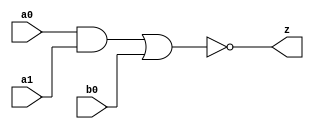
//#############################################################################
//# Function: And-Or-Inverter (aoi21) Gate                                    #
//# Copyright: OH Project Authors. ALl rights Reserved.                       #
//# License:  MIT (see LICENSE file in OH repository)                         #
//#############################################################################

module asic_aoi21 #(parameter PROP = "DEFAULT")  (
   input  a0,
   input  a1,
   input  b0,
   output z
   );

   assign z = ~((a0 & a1) | b0);

endmodule